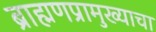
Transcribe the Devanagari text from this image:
ब्राह्मणप्रामुख्याचा